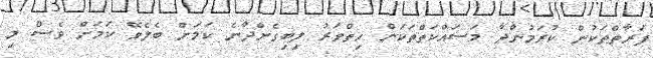
ފަރާތްތަކުން ކުރަމުންދާ މަސައްކަތްތަކަށް ހިތްވަރު ލިބިގެންދާނެ ކަމަށް ބެލެވޭ ކަމަށް ވެސް މި